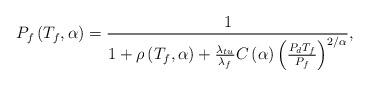
LaTeX: \begin{align*} {P_f}\left( {{T_f},\alpha} \right) =\frac{1}{{1 + \rho \left( {{T_f},{\alpha}} \right) + \frac{{{\lambda _{tu}}}}{{{\lambda _f}}}C\left( {{\alpha}} \right){{\left( {\frac{{{P_d}{T_f}}}{{{P_f}}}} \right)}^{2/{\alpha}}}}}, \end{align*}